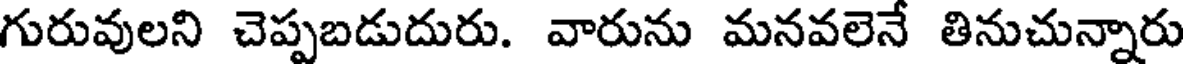
గురువులని చెప్పబడుదురు. వారును మనవలెనే తినుచున్నారు